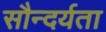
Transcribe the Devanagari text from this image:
सौन्‍दर्यता